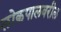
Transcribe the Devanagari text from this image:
लोकपालवरील